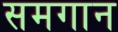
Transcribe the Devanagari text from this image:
समगान